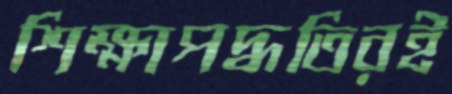
শিক্ষাপদ্ধতিরই